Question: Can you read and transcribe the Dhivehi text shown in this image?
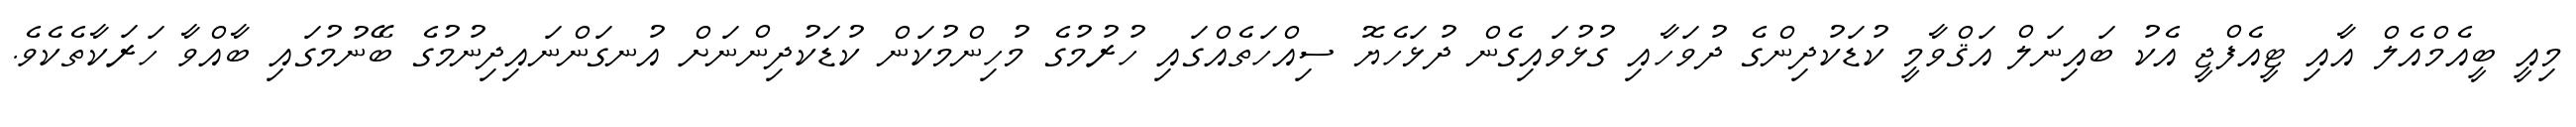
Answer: މިއީ ބީއެމްއެލް އާއި ޓީއެފްޖީ އެކު ބައިނަލް އަޤްވާމީ ކުޑަކުދިންގެ ދުވަހާއި ގުޅުވައިގެން ދުޅަހެޔޮ ސިއްހަތެއްގައި ހުރުމުގެ މުހިންމުކަން ކުޑަކުދިންނަށް އުނގަންނައިދިނުމުގެ ބޭނުމުގައި ބާއްވާ ހަރަކާތެކެވެ.